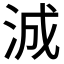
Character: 𬇠